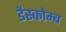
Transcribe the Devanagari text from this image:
डैस्कोम्ब